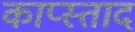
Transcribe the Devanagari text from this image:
काप्स्ताद